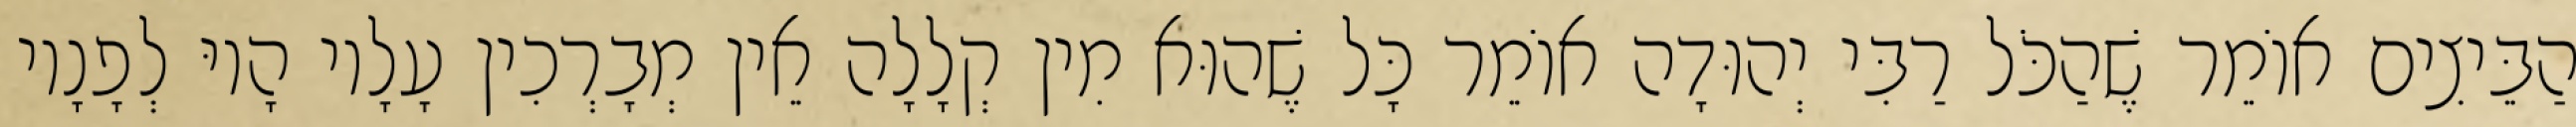
הַבֵּיצִים אוֹמֵר שֶׁהַכֹּל רַבִּי יְהוּדָה אוֹמֵר כָּל שֶׁהוּא מִין קְלָלָה אֵין מְבָרְכִין עָלָיו הָיוּ לְפָנָיו